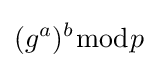
(g^{a})^{b}{\bmod {p}}